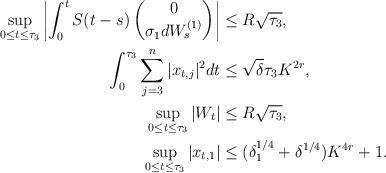
LaTeX: \begin{align*}\sup_{0 \le t \le \tau_3}\left|\int_0^t S(t-s)\begin{pmatrix}0 \\ \sigma_1 dW_s^{(1)} \\ \end{pmatrix}\right| &\le R \sqrt{\tau_3}, \\ \int_0^{\tau_3} \sum_{j=3}^n |x_{t,j}|^2 dt & \le \sqrt{\delta} \tau_3 K^{2r}, \\\sup_{0 \le t \le \tau_3} |W_t| &\le R \sqrt{\tau_3}, \\ \sup_{0 \le t \le \tau_3} |x_{t,1}| &\le (\delta_1^{1/4}+ \delta^{1/4})K^{4r} + 1.\end{align*}